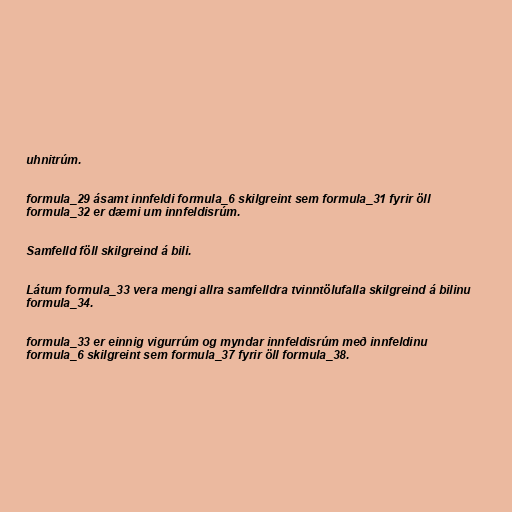
uhnitrúm.

formula_29 ásamt innfeldi formula_6 skilgreint sem formula_31 fyrir öll
formula_32 er dæmi um innfeldisrúm.

Samfelld föll skilgreind á bili.

Látum formula_33 vera mengi allra samfelldra tvinntölufalla skilgreind á bilinu
formula_34.

formula_33 er einnig vigurrúm og myndar innfeldisrúm með innfeldinu
formula_6 skilgreint sem formula_37 fyrir öll formula_38.